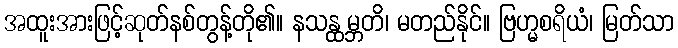
အထူးအားဖြင့်ဆုတ်နစ်တွန့်တို၏။ နသန္ထမ္ဘတိ၊ မတည်နိုင်။ ဗြဟ္မစရိယံ၊ မြတ်သာ